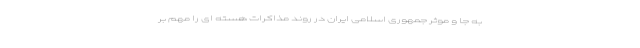
به جا و موثر جمهوری اسلامی ایران در روند مذاکرات هسته ای را مهم بر